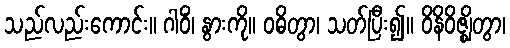
သည်လည်းကောင်း။ ဂါဝိံ၊ နွားကို။ ဝဓိတွာ၊ သတ်ပြီး၍။ ဝိနိဝိဇ္ဈိတွာ၊